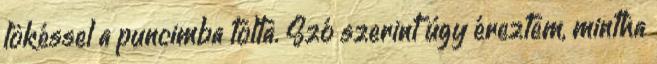
lökéssel a puncimba tolta. Szó szerint úgy éreztem, mintha